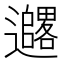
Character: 𫑓